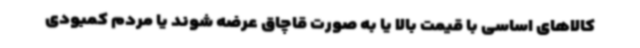
کالاهای اساسی با قیمت بالا یا به صورت قاچاق عرضه شوند یا مردم کمبودی